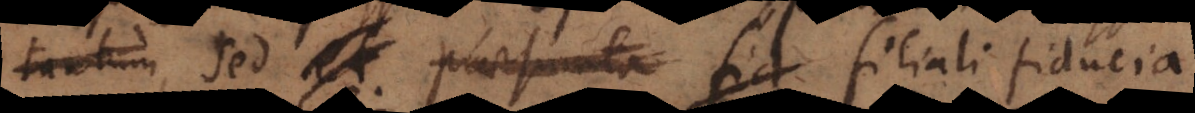
est), sedet praesumta fid filiali i fiducia